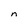
Character: n